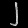
Digit: ၂